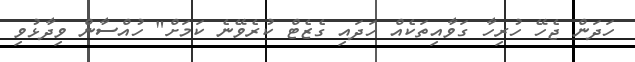
ހަދަން ޖެހޭ ހުރިހާ ގަވާއިތަކެއް ހަދައި ގެޒެޓް ކުރެވޭނެ ކަމަށް" ހުއްސާން ވިދާޅުވި